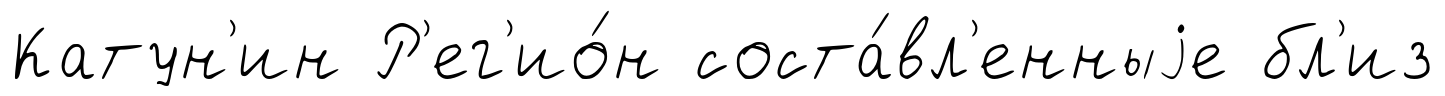
Катун'ин Р'ег'ио́н соста́вл'енныjе бл'из